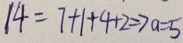
1 4 = 7 + 1 + 4 + 2 \Rightarrow a = 5